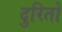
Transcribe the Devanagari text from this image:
दुरितों